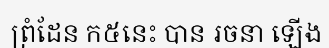
ព្រំដែន ក៥នេះ បាន រចនា ឡើង